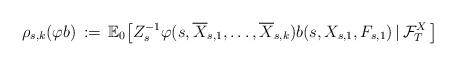
LaTeX: \begin{align*} \rho_{s, k}(\varphi b) \, :=\, {\mathbb E}_{0} \big [ Z_{s}^{-1}\varphi (s, \overline{X}_{s, 1}, \ldots , \overline{X}_{s, k}) b(s, X_{s, 1}, F_{s, 1}) \, \vert \, \mathcal F_{T}^{X}\, \big] \, \end{align*}